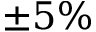
\pm 5 \%